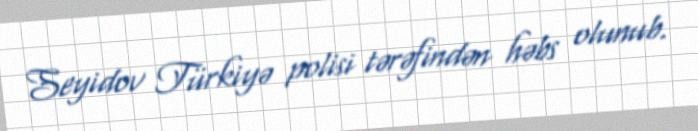
Seyidov Türkiyə polisi tərəfindən həbs olunub.